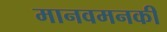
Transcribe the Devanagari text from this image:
मानवमनकी